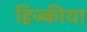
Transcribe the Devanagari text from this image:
हिज्कीया